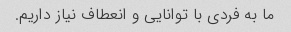
ما به فردی با توانایی و انعطاف نیاز داریم.